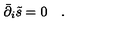
\bar { \partial } _ { i } \tilde { s } = 0 \quad .